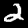
Digit: 2